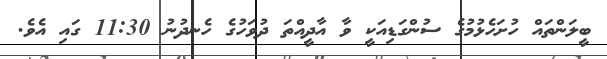
ބީލަންތައް ހުށަހެޅުމުގެ ސުންގަޑިއަކީ ވާ އާދީއްތަ ދުވަހުގެ ހެނދުނު 11:30 ގައި އެވެ.